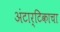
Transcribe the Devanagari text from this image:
अंटार्टिकाचा